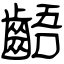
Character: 齬